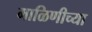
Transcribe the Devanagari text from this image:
माळिणीच्या